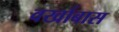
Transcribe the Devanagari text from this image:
वर्खाबास